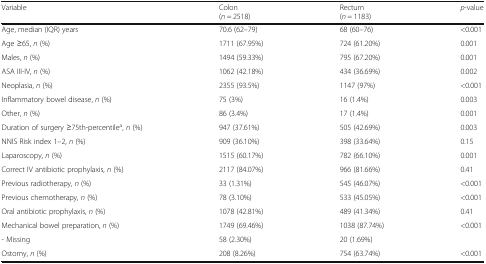
<table><thead><tr><td><b>Variable</b></td><td><b>Colon (<i>n</i> = 2518)</b></td><td><b>Rectum (<i>n</i> = 1183)</b></td><td><b><i>p</i>-value</b></td></tr></thead><tbody><tr><td>Age, median (IQR) years</td><td>70.6 (62–79)</td><td>68 (60–76)</td><td>&lt;0.001</td></tr><tr><td>Age ≥65, <i>n</i> (%)</td><td>1711 (67.95%)</td><td>724 (61.20%)</td><td>0.001</td></tr><tr><td>Males, <i>n</i> (%)</td><td>1494 (59.33%)</td><td>795 (67.20%)</td><td>0.001</td></tr><tr><td>ASA III-IV, <i>n</i> (%)</td><td>1062 (42.18%)</td><td>434 (36.69%)</td><td>0.002</td></tr><tr><td>Neoplasia, <i>n</i> (%)</td><td>2355 (93.5%)</td><td>1147 (97%)</td><td>&lt;0.001</td></tr><tr><td>Inflammatory bowel disease, <i>n</i> (%)</td><td>75 (3%)</td><td>16 (1.4%)</td><td>0.003</td></tr><tr><td>Other, <i>n</i> (%)</td><td>86 (3.4%)</td><td>17 (1.4%)</td><td>0.001</td></tr><tr><td>Duration of surgery ≥75th-percentile<sup>a</sup>, <i>n</i> (%)</td><td>947 (37.61%)</td><td>505 (42.69%)</td><td>0.003</td></tr><tr><td>NNIS Risk index 1–2, <i>n</i> (%)</td><td>909 (36.10%)</td><td>398 (33.64%)</td><td>0.15</td></tr><tr><td>Laparoscopy, <i>n</i> (%)</td><td>1515 (60.17%)</td><td>782 (66.10%)</td><td>0.001</td></tr><tr><td>Correct IV antibiotic prophylaxis, <i>n</i> (%)</td><td>2117 (84.07%)</td><td>966 (81.66%)</td><td>0.41</td></tr><tr><td>Previous radiotherapy, <i>n</i> (%)</td><td>33 (1.31%)</td><td>545 (46.07%)</td><td>&lt;0.001</td></tr><tr><td>Previous chemotherapy, <i>n</i> (%)</td><td>78 (3.10%)</td><td>533 (45.05%)</td><td>&lt;0.001</td></tr><tr><td>Oral antibiotic prophylaxis, <i>n</i> (%)</td><td>1078 (42.81%)</td><td>489 (41.34%)</td><td>0.41</td></tr><tr><td>Mechanical bowel preparation, <i>n</i> (%)</td><td>1749 (69.46%)</td><td>1038 (87.74%)</td><td>&lt;0.001</td></tr><tr><td>- Missing</td><td>58 (2.30%)</td><td>20 (1.69%)</td><td></td></tr><tr><td>Ostomy, <i>n</i> (%)</td><td>208 (8.26%)</td><td>754 (63.74%)</td><td>&lt;0.001</td></tr></tbody></table>